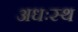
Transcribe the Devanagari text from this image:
अधःस्थ